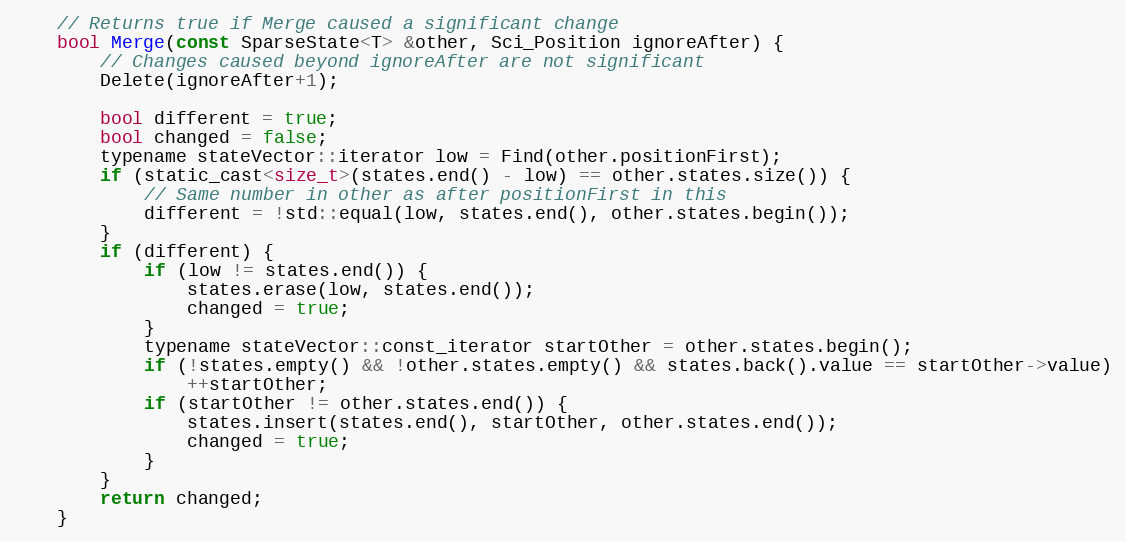
Language: C
	// Returns true if Merge caused a significant change
	bool Merge(const SparseState<T> &other, Sci_Position ignoreAfter) {
		// Changes caused beyond ignoreAfter are not significant
		Delete(ignoreAfter+1);

		bool different = true;
		bool changed = false;
		typename stateVector::iterator low = Find(other.positionFirst);
		if (static_cast<size_t>(states.end() - low) == other.states.size()) {
			// Same number in other as after positionFirst in this
			different = !std::equal(low, states.end(), other.states.begin());
		}
		if (different) {
			if (low != states.end()) {
				states.erase(low, states.end());
				changed = true;
			}
			typename stateVector::const_iterator startOther = other.states.begin();
			if (!states.empty() && !other.states.empty() && states.back().value == startOther->value)
				++startOther;
			if (startOther != other.states.end()) {
				states.insert(states.end(), startOther, other.states.end());
				changed = true;
			}
		}
		return changed;
	}